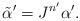
LaTeX: \begin{align*}&\tilde{\alpha}'=J^{n'}\alpha'.\end{align*}